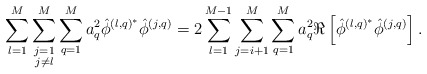
\begin{align*}\sum_{l=1}^M\sum\limits_{\substack{j=1\\j\neq l}}^M\sum_{q=1}^Ma_q^2\hat{\phi}^{\left(l,q\right)^*}\hat{\phi}^{\left(j,q\right)}=2\sum_{l=1}^{M-1}\sum_{j=i+1}^{M}\sum_{q=1}^M a_q^2\Re\left[\hat{\phi}^{\left(l,q\right)^*}\hat{\phi}^{\left(j,q\right)}\right].\end{align*}